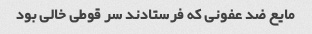
مایع ضد عفونی که فرستادند سر قوطی خالی بود